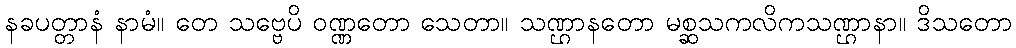
နခပတ္တာနံ နာမံ။ တေ သဗ္ဗေပိ ဝဏ္ဏတော သေတာ။ သဏ္ဌာနတော မစ္ဆသကလိကသဏ္ဌာနာ။ ဒိသတော